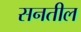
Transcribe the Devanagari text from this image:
सनतील